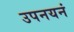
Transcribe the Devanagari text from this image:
उपनयनं